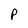
Character: P